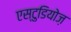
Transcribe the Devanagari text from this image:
एस्टुडियोज़